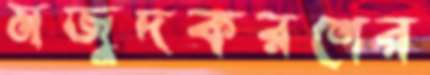
মজুদকরণের